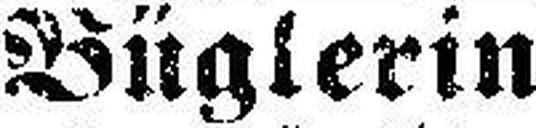
Büglerin